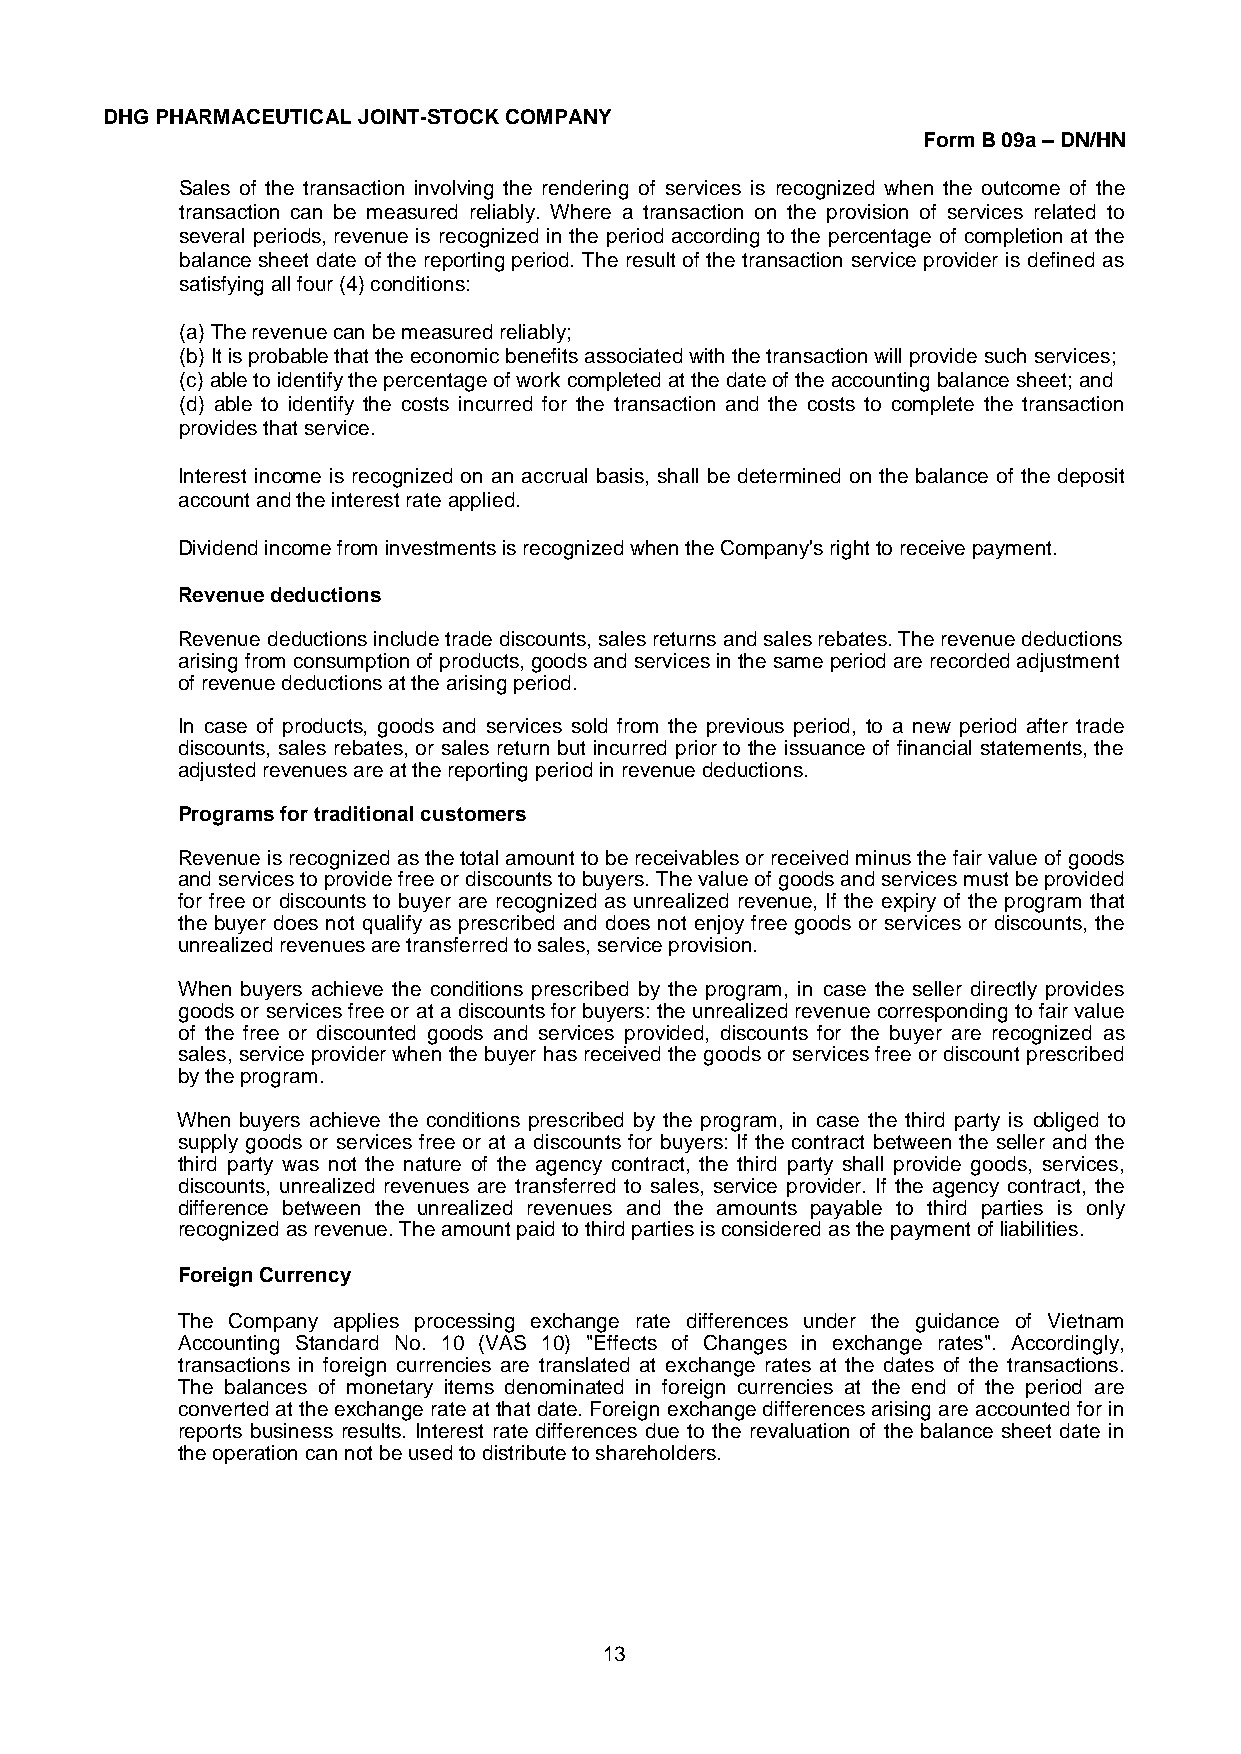
DHG PHARMACEUTICAL JOINT-STOCK COMPANY
 Form B 09a – DN/HN
 Sales of the transaction involving the rendering of services is recognized when the outcome of the
 transaction can be measured reliably. Where a transaction on the provision of services related to
 several periods, revenue is recognized in the period according to the percentage of completion at the
 balance sheet date of the reporting period. The result of the transaction service provider is defined as
 satisfying all four (4) conditions:
 (a) The revenue can be measured reliably;
 (b) It is probable that the economic benefits associated with the transaction will provide such services;
 (c) able to identify the percentage of work completed at the date of the accounting balance sheet; and
 (d) able to identify the costs incurred for the transaction and the costs to complete the transaction
 provides that service.
 Interest income is recognized on an accrual basis, shall be determined on the balance of the deposit
 account and the interest rate applied.
 Dividend income from investments is recognized when the Company's right to receive payment.
 Revenue deductions
 Revenue deductions include trade discounts, sales returns and sales rebates. The revenue deductions
 arising from consumption of products, goods and services in the same period are recorded adjustment
 of revenue deductions at the arising period.
 In case of products, goods and services sold from the previous period, to a new period after trade
 discounts, sales rebates, or sales return but incurred prior to the issuance of financial statements, the
 adjusted revenues are at the reporting period in revenue deductions.
 Programs for traditional customers
 Revenue is recognized as the total amount to be receivables or received minus the fair value of goods
 and services to provide free or discounts to buyers. The value of goods and services must be provided
 for free or discounts to buyer are recognized as unrealized revenue, If the expiry of the program that
 the buyer does not qualify as prescribed and does not enjoy free goods or services or discounts, the
 unrealized revenues are transferred to sales, service provision.
 When buyers achieve the conditions prescribed by the program, in case the seller directly provides
 goods or services free or at a discounts for buyers: the unrealized revenue corresponding to fair value
 of the free or discounted goods and services provided, discounts for the buyer are recognized as
 sales, service provider when the buyer has received the goods or services free or discount prescribed
 by the program.
 When buyers achieve the conditions prescribed by the program, in case the third party is obliged to
 supply goods or services free or at a discounts for buyers: If the contract between the seller and the
 third party was not the nature of the agency contract, the third party shall provide goods, services,
 discounts, unrealized revenues are transferred to sales, service provider. If the agency contract, the
 difference between the unrealized revenues and the amounts payable to third parties is only
 recognized as revenue. The amount paid to third parties is considered as the payment of liabilities.
 Foreign Currency
 The Company applies processing exchange rate differences under the guidance of Vietnam
 Accounting Standard No. 10 (VAS 10) "Effects of Changes in exchange rates". Accordingly,
 transactions in foreign currencies are translated at exchange rates at the dates of the transactions.
 The balances of monetary items denominated in foreign currencies at the end of the period are
 converted at the exchange rate at that date. Foreign exchange differences arising are accounted for in
 reports business results. Interest rate differences due to the revaluation of the balance sheet date in
 the operation can not be used to distribute to shareholders.
 13